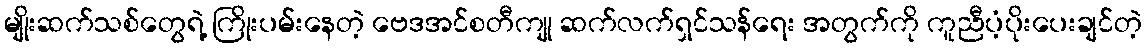
မျိုးဆက်သစ်တွေရဲ့ ကြိုးပမ်းနေတဲ့ ဗေဒအင်စတီကျု ဆက်လက်ရှင်သန်ရေး အတွက်ကို ကူညီပံ့ပိုးပေးချင်တဲ့